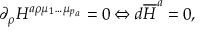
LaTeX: \partial _ { \rho } H ^ { a \rho \mu _ { 1 } \ldots \mu _ { p _ { a } } } = 0 \Leftrightarrow d \overline { { { H } } } ^ { a } = 0 ,